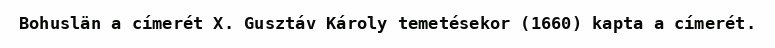
Bohuslän a címerét X. Gusztáv Károly temetésekor (1660) kapta a címerét.